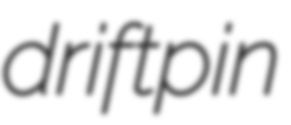
driftpin